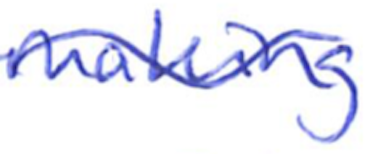
Text: making
Cross-out: wave
Writing tool: ballpoint